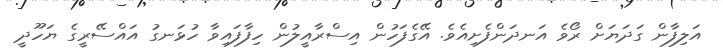
އަލިފާން ގަދަޔަށް ރޯވެ އަނދަންފެށިއެވެ. އޭގެފަހުން އިސްރާއީލުން ހިފާފައިވާ ހުޅަނގު އައްސޭރީގެ ޔަހޫދީ